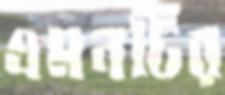
এমনটির